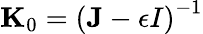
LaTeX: {\mathbf K}_{0}=\left({\mathbf J-\epsilon I}\right)^{-1}